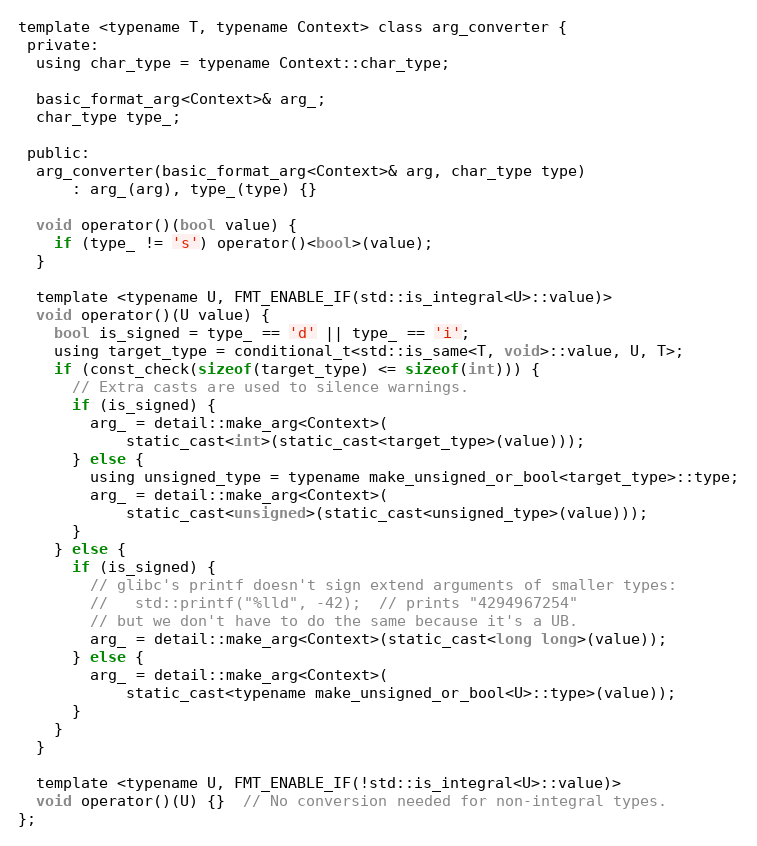
Language: C
template <typename T, typename Context> class arg_converter {
 private:
  using char_type = typename Context::char_type;

  basic_format_arg<Context>& arg_;
  char_type type_;

 public:
  arg_converter(basic_format_arg<Context>& arg, char_type type)
      : arg_(arg), type_(type) {}

  void operator()(bool value) {
    if (type_ != 's') operator()<bool>(value);
  }

  template <typename U, FMT_ENABLE_IF(std::is_integral<U>::value)>
  void operator()(U value) {
    bool is_signed = type_ == 'd' || type_ == 'i';
    using target_type = conditional_t<std::is_same<T, void>::value, U, T>;
    if (const_check(sizeof(target_type) <= sizeof(int))) {
      // Extra casts are used to silence warnings.
      if (is_signed) {
        arg_ = detail::make_arg<Context>(
            static_cast<int>(static_cast<target_type>(value)));
      } else {
        using unsigned_type = typename make_unsigned_or_bool<target_type>::type;
        arg_ = detail::make_arg<Context>(
            static_cast<unsigned>(static_cast<unsigned_type>(value)));
      }
    } else {
      if (is_signed) {
        // glibc's printf doesn't sign extend arguments of smaller types:
        //   std::printf("%lld", -42);  // prints "4294967254"
        // but we don't have to do the same because it's a UB.
        arg_ = detail::make_arg<Context>(static_cast<long long>(value));
      } else {
        arg_ = detail::make_arg<Context>(
            static_cast<typename make_unsigned_or_bool<U>::type>(value));
      }
    }
  }

  template <typename U, FMT_ENABLE_IF(!std::is_integral<U>::value)>
  void operator()(U) {}  // No conversion needed for non-integral types.
};